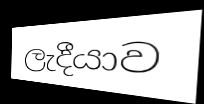
ලැදීයාව